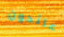
عائدون